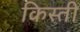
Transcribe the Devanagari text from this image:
किस्‍ती